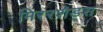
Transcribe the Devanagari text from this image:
मिररशेड्स